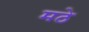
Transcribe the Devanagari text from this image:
मठे